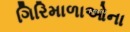
ગિરિમાળાઓના